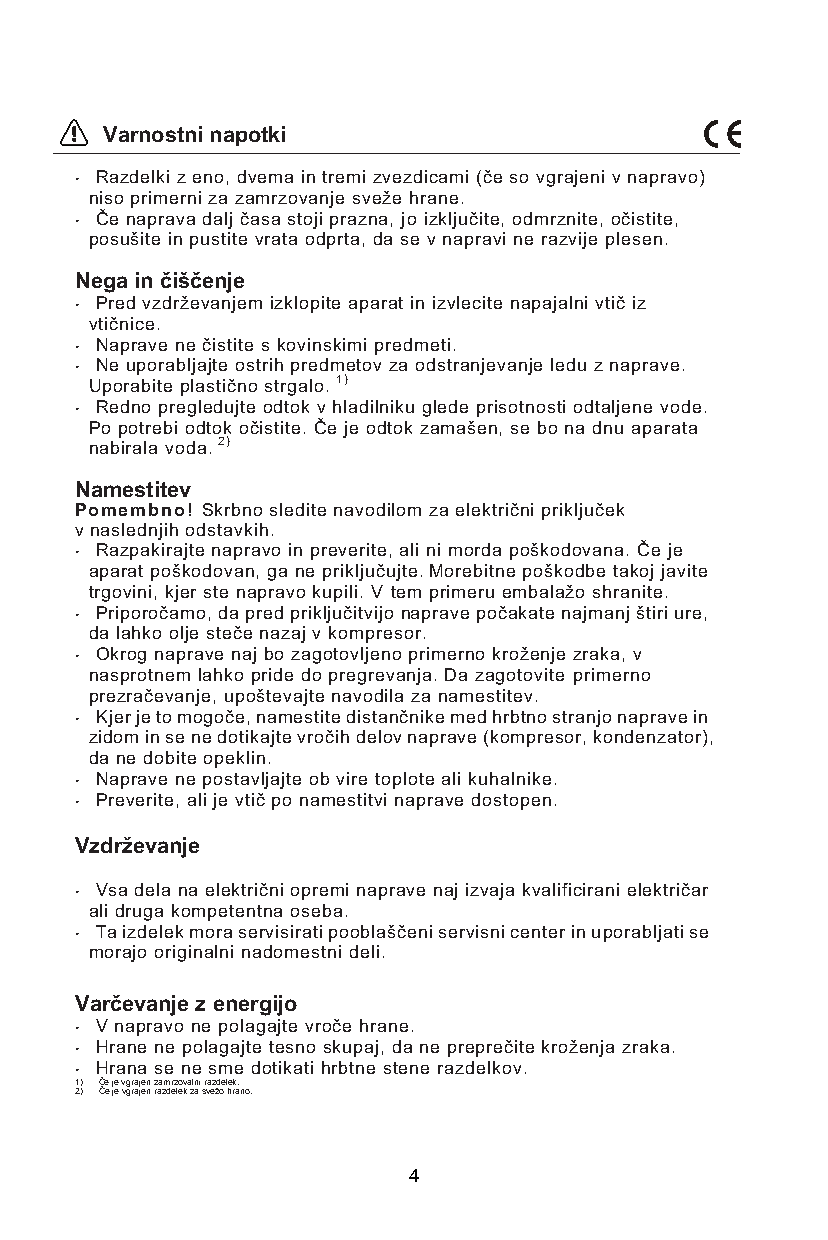
Varnostni napotki
 • Razdelki z eno, dvema in tremi zvezdicami (če so vgrajeni v napravo)
 niso primerni za zamrzovanje sveže hrane.
 • Če naprava dalj časa stoji prazna, jo izključite, odmrznite, očistite,
 posušite in pustite vrata odprta, da se v napravi ne razvije plesen.
 Nega in čiščenje
 • Pred vzdrževanjem izklopite aparat in izvlecite napajalni vtič iz
 vtičnice.
 • Naprave ne čistite s kovinskimi predmeti.
 • Ne uporabljajte ostrih predmetov za odstranjevanje ledu z naprave.
 Uporabite plastično strgalo. 1)
 • Redno pregledujte odtok v hladilniku glede prisotnosti odtaljene vode.
 Po potrebi odtok očistite. Če je odtok zamašen, se bo na dnu aparata
 nabirala voda. 2)
 Namestitev
 Pomembno! Skrbno sledite navodilom za električni priključek
 v naslednjih odstavkih.
 • Razpakirajte napravo in preverite, ali ni morda poškodovana. Če je
 aparat poškodovan, ga ne priključujte. Morebitne poškodbe takoj javite
 trgovini, kjer ste napravo kupili. V tem primeru embalažo shranite.
 • Priporočamo, da pred priključitvijo naprave počakate najmanj štiri ure,
 da lahko olje steče nazaj v kompresor.
 • Okrog naprave naj bo zagotovljeno primerno kroženje zraka, v
 nasprotnem lahko pride do pregrevanja. Da zagotovite primerno
 prezračevanje, upoštevajte navodila za namestitev.
 • Kjer je to mogoče, namestite distančnike med hrbtno stranjo naprave in
 zidom in se ne dotikajte vročih delov naprave (kompresor, kondenzator),
 da ne dobite opeklin.
 • Naprave ne postavljajte ob vire toplote ali kuhalnike.
 • Preverite, ali je vtič po namestitvi naprave dostopen.
 Vzdrževanje
 • Vsa dela na električni opremi naprave naj izvaja kvalificirani električar
 ali druga kompetentna oseba.
 • Ta izdelek mora servisirati pooblaščeni servisni center in uporabljati se
 morajo originalni nadomestni deli.
 Varčevanje z energijo
 • V napravo ne polagajte vroče hrane.
 • Hrane ne polagajte tesno skupaj, da ne preprečite kroženja zraka.
 • Hrana se ne sme dotikati hrbtne stene razdelkov.
 1) Če je vgrajen zamrzovalni razdelek.
 2) Če je vgrajen razdelek za svežo hrano.
 4